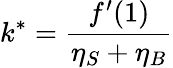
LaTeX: k^{*}=\frac{f^{\prime}(1)}{\eta_{S}+\eta_{B}}